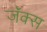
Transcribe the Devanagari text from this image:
जॅक्स